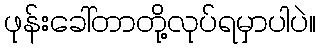
ဖုန်းခေါ်တာတို့လုပ်ရမှာပါပဲ။